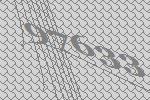
97633